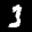
Label: 3